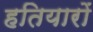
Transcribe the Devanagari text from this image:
हतियारों